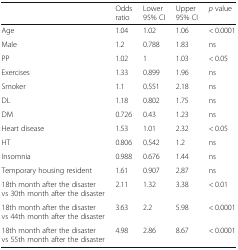
|  | Odds ratio | Lower 95% CI | Upper 95% CI | p value |
 | --- | --- | --- | --- | --- |
 | Age | 1.04 | 1.02 | 1.06 | < 0.0001 |
 | Male | 1.2 | 0.788 | 1.83 | ns |
 | PP | 1.02 | 1 | 1.03 | < 0.05 |
 | Exercises | 1.33 | 0.899 | 1.96 | ns |
 | Smoker | 1.1 | 0.551 | 2.18 | ns |
 | DL | 1.18 | 0.802 | 1.75 | ns |
 | DM | 0.726 | 0.43 | 1.23 | ns |
 | Heart disease | 1.53 | 1.01 | 2.32 | < 0.05 |
 | HT | 0.806 | 0.542 | 1.2 | ns |
 | Insomnia | 0.988 | 0.676 | 1.44 | ns |
 | Temporary housing resident | 1.61 | 0.907 | 2.87 | ns |
 | 18th month after the disaster vs 30th month after the disaster | 2.11 | 1.32 | 3.38 | < 0.01 |
 | 18th month after the disaster vs 44th month after the disaster | 3.63 | 2.2 | 5.98 | < 0.0001 |
 | 18th month after the disaster vs 55th month after the disaster | 4.98 | 2.86 | 8.67 | < 0.0001 |